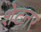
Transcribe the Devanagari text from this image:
शेटनर